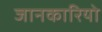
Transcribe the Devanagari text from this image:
जानकारियो